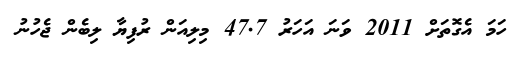
ހަމަ އެގޮތަށް 2011 ވަނަ އަހަރު 47.7 މިލިއަން ރުފިޔާ ލިބެން ޖެހުނު